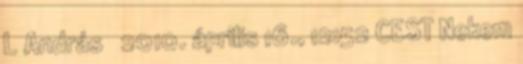
L András → 2010. április 16., 12:52 CEST Nekem